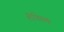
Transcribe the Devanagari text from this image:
शैविसम